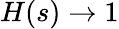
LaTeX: H(s)\to 1